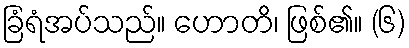
ခြံရံအပ်သည်။ ဟောတိ၊ ဖြစ်၏။ (၆)